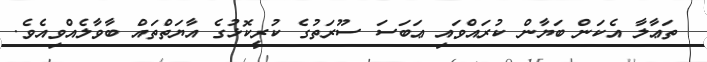
ތަޢާލާ އެކަން ބަޔާން ކުރައްވައި ޢަބަސަ ސޫރަތުގެ ކުރީކޮޅުގެ އާޔަތްތައް ބާވާލެއްވިއެވެ.